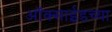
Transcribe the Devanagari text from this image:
ऑक्‍साईडच्या